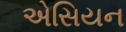
એસિયન